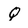
Character: Q